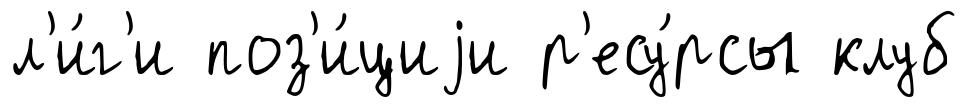
л'и́г'и поз'и́циjи р'есу́рсы клуб